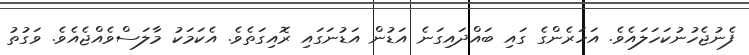
ފެނުޖެހުނުކަހަލައެވެ. އަހަރެންގެ ގައި ބައްދައިގަނެ އަޑުން އަޑުނަގައި ރޮއިގަތެވެ. އެކަމަކު މާލަސްވެއްޖެއެވެ. ވަގުތު